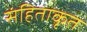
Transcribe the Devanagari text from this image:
संहिताकृत